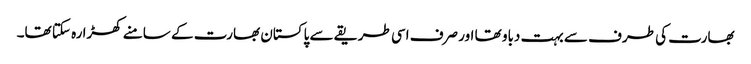
بھارت کی طرف سے بہت دباو تھا اور صرف اسی طریقے سے پاکستان بھارت کے سامنے کھڑا رہ سکتا تھا۔